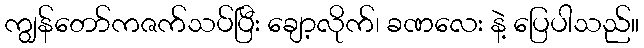
ကျွန်တော်ကဇက်သပ်ပြီး ချော့လိုက်၊ ခဏလေး နဲ့ ပြေပါသည်။